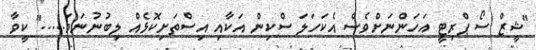
"ޝީޒް ސޯ ޕްރިޓީ އަހަންނަށްވެސް އެކަހަލަ ސްކިން އަކާއި އިސްތަށިކޮޅެއް ލިބުނުނަމަ....." ކީވާ